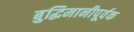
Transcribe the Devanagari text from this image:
बुद्धिमानीपूर्वक